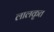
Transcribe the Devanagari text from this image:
लालकृत